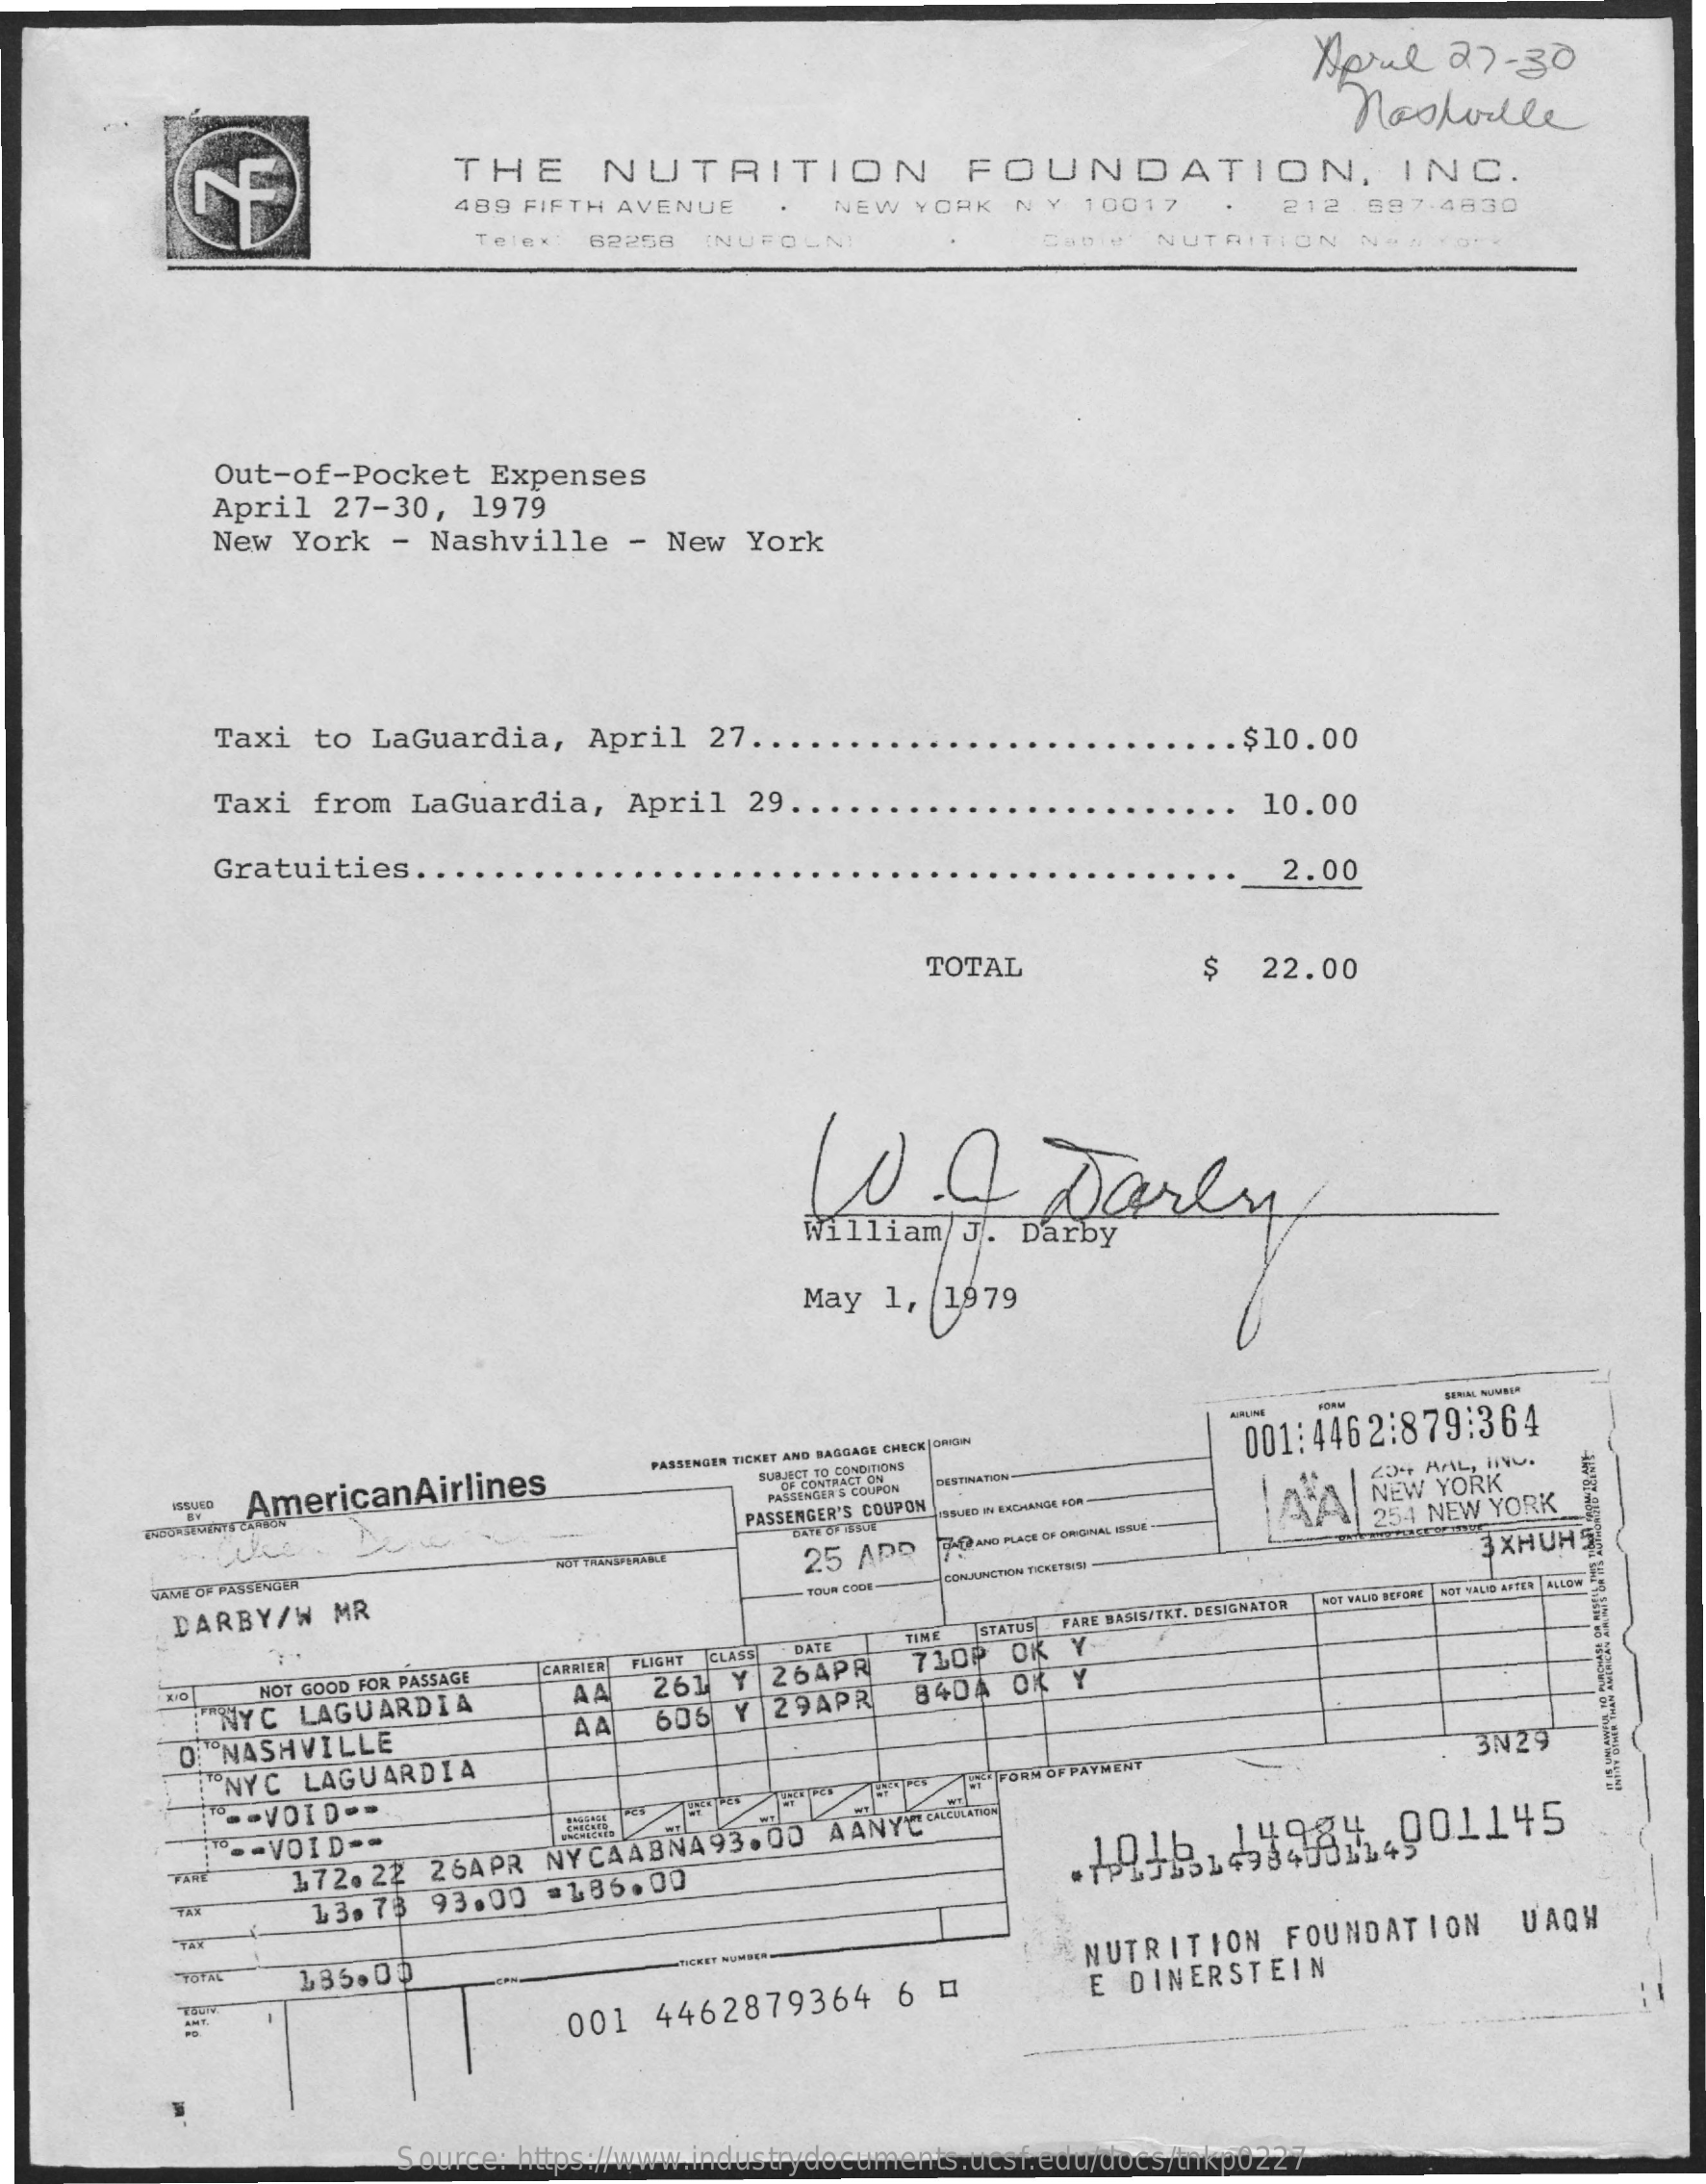
April    27 - 30
     THE    NUTRITION    FOUNDATION,    INC.
     Nashville
     489 FIFTH AVENUE
     Telex
     NEW   YORK  NY   10017
     62258   INUFOLN
     212  .697.4830
     NUTRITION    NON   York
     Out-of-Pocket    Expenses
     April   27-30,   1979
     New  York   - Nashville    - New   York
     Taxi   to LaGuardia,    April   27 ...
     Taxi  from   LaGuardia,    April   29 ...
     .. $10.00
     Gratuities.
     10.00
     2.00
     TOTAL    $   22.00
     10    a    Daily
     May  1,   1979
     --
     ISSUED
     AmericanAirlines
     PASSENGER TICKET AND BAGGAGE CHECK | ORIGIN
     001:4462:879:364
     -
     SUBJECT TO CONDITIONS
     DE CONTRACT ON
     PASSENGER'S COUPON
     DESTINATION
     PASSENGER'S COUPON    LAAL
     ISSUED W EXCHANGE FOR    NEW YORK
     GAME OF PASSENGER
     25  APO  THE AND PLACE OF ORIGINAL ISSUE
     254 NEW YORK
     DARBY/W    MR
     TOUR CODE
     CONJUNCTION TEMETSSI-
     3 XHUHS
     TIME STATUS FARE BASIS/TKT. DESIGNATOR
     NOT VALID BEFORE
     DATE
     NDT VALIS AFTEN ALLOW
     NOT GOOD FOR PASSAGE
     CARRIER FLIGHT CLASS
     INYC  LAGUARDIA
     AA   261  Y 264PR    71OP  OK  Y.
     O: NASHVILLE
     A    606  Y 29APR    84DA  OK  Y
     "NYC  LAGUARDIA
     " -- VOID --
     HI "FORM OF PAYMENT
     3N29
     -- VOID --
     FARC   172. 22  26APR  NY CAABNA93.   00  AANYT PLANEN
     13. 73  93.00   =286.00
     YOTAG   135.00
     NUTRITION    FOUNDATION    UAQH
     001  4462879364    6  1    E DINERSTEIN
     Source: https://www.industrydocuments.ucsf.edu/docs/tnkp0227